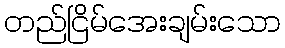
တည်ငြိမ်အေးချမ်းသော